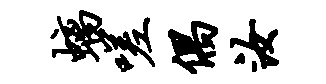
螭嗟偶汝